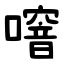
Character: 噾